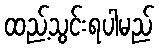
ထည့်သွင်းရပါမည်